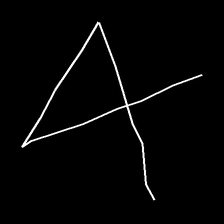
Glyph: collection